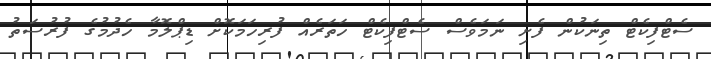
ސެޓްފިކެޓް ތިނަކުން ފެށި ނަމަވެސް ސެޓްފިކެޓް ހަތަރެއް ފުރިހަމަކޮށް ޑިޕްލޮމާ ހެދުމުގެ ފުރުސަތު